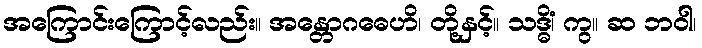
အကြောင်းကြောင့်လည်း။ အန္တောဂဓေဟိ၊ တို့နှင့်။ သဒ္ဓိံ၊ ကွ။ ဆ ဘဝါ၊